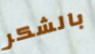
بالشكر